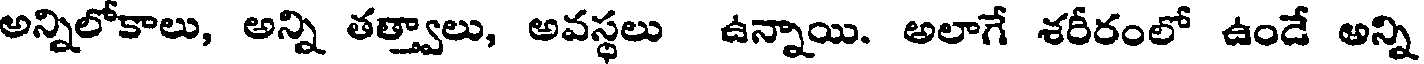
అన్నిలోకాలు, అన్ని తత్వాలు, అవస్థలు ఉన్నాయి. అలాగే శరీరంలో ఉండే అన్ని